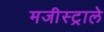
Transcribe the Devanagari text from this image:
मजीस्ट्राले